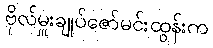
ဗိုလ်မှူးချုပ်ဇော်မင်းထွန်းက